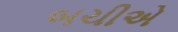
બચીએ